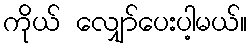
ကိုယ် လျှော်ပေးပါ့မယ်။